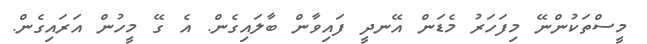
މީސްތަކުންނޭ މިފަހަރު މެޑަން އޭނދީ ފައިވާން ބާލައިގެން. އެ ގޭ މީހުން އަރައިގެން.